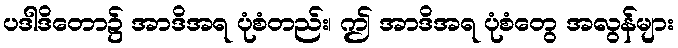
ပဒါဒိတော၌ အာဒိအရ ပုံစံတည်း၊ ဤ အာဒိအရ ပုံစံတွေ အလွန်များ